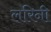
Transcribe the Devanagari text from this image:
लरिनी